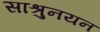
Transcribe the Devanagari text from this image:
साश्रुनयन